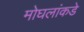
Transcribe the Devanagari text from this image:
मोघलांकडे